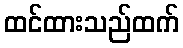
ထင်ထားသည်ထက်